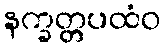
နက္ခတ္တပထံဝ